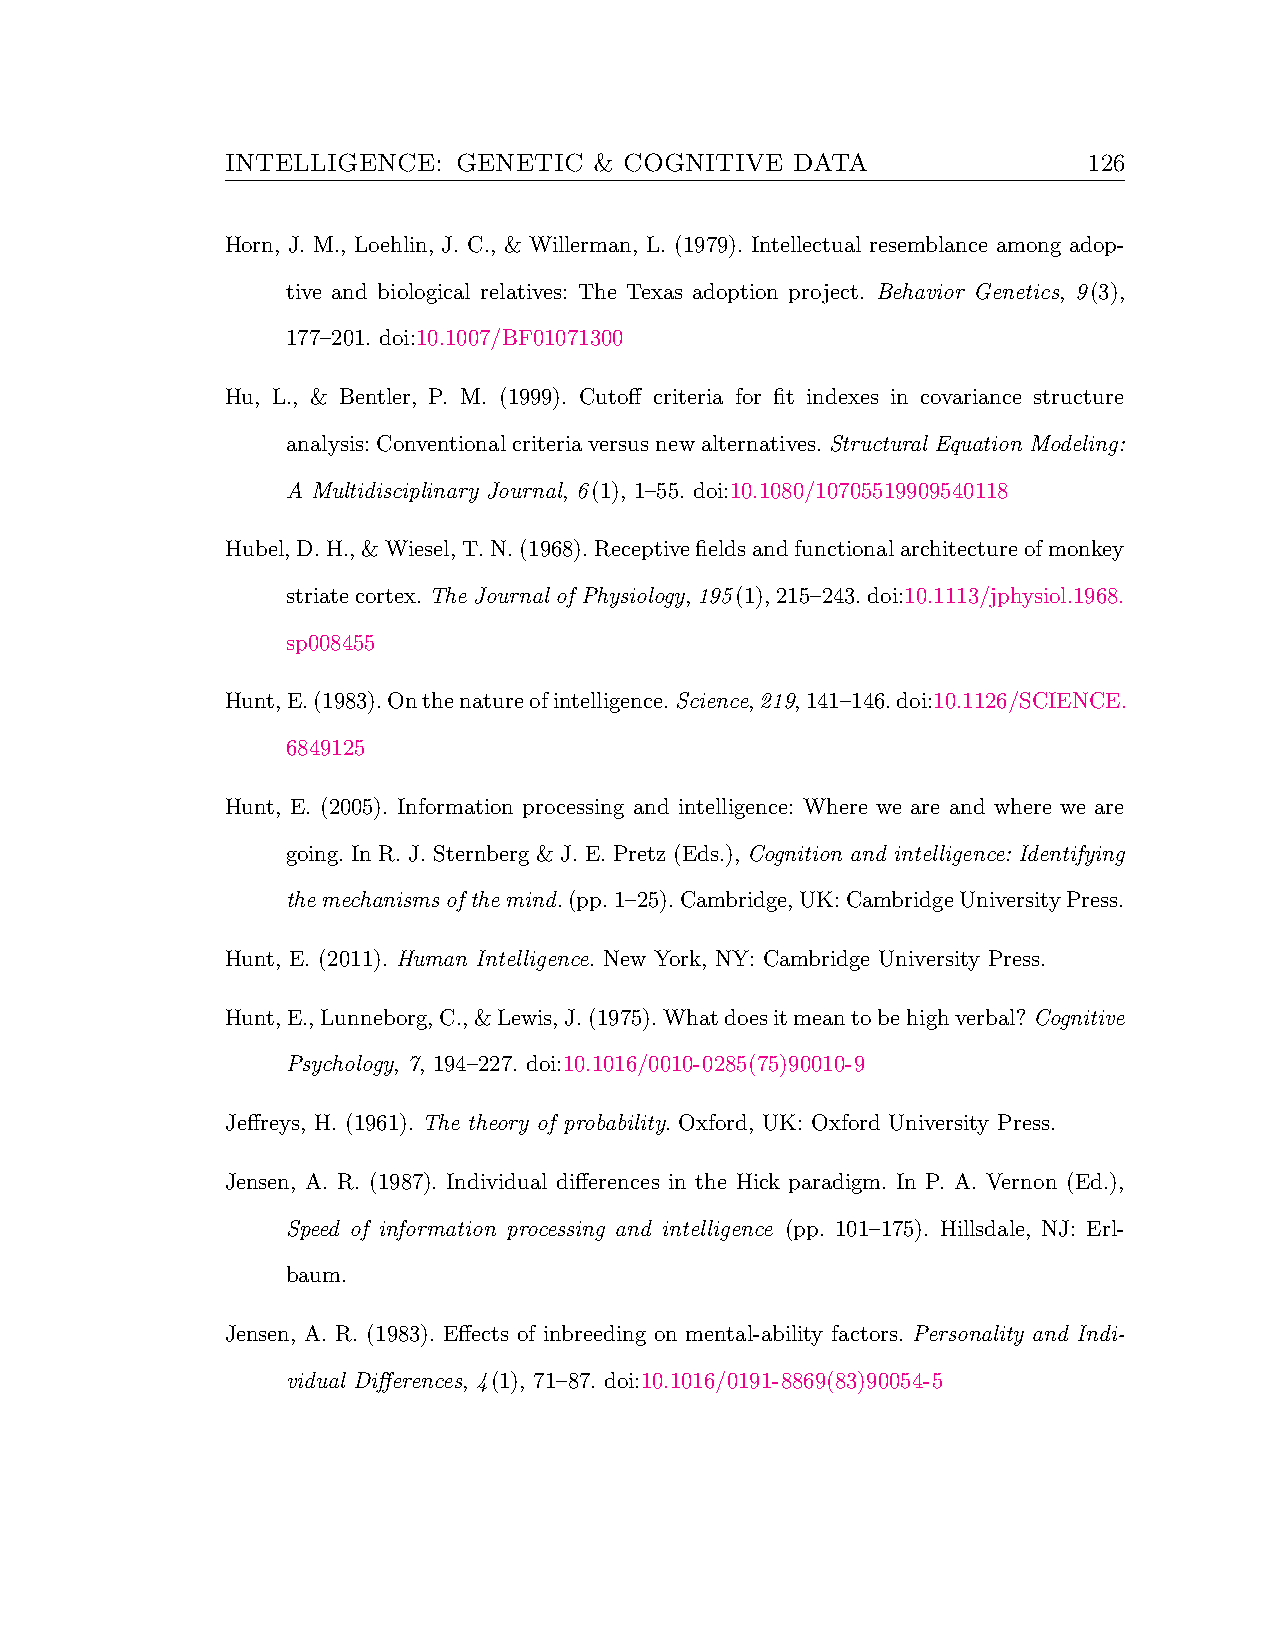
INTELLIGENCE:  GENETIC  & COGNITIVE   DATA               126
 Horn, J. M., Loehlin, J. C., & Willerman, L. (1979). Intellectual resemblance among adop-
 tive and biological relatives: The Texas adoption project. Behavior Genetics, 9(3),
 177–201. doi:10.1007/BF01071300
 Hu, L., & Bentler, P. M. (1999). Cutoff criteria for fit indexes in covariance structure
 analysis:Conventionalcriteriaversusnewalternatives.Structural Equation Modeling:
 A Multidisciplinary Journal, 6(1), 1–55. doi:10.1080/10705519909540118
 Hubel,D.H.,&Wiesel,T.N.(1968).Receptivefieldsandfunctionalarchitectureofmonkey
 striatecortex.The Journal of Physiology,195(1),215–243.doi:10.1113/jphysiol.1968.
 sp008455
 Hunt,E.(1983).Onthenatureofintelligence.Science,219,141–146.doi:10.1126/SCIENCE.
 6849125
 Hunt, E. (2005). Information processing and intelligence: Where we are and where we are
 going. In R. J. Sternberg & J. E. Pretz (Eds.), Cognition and intelligence: Identifying
 themechanismsofthemind.(pp.1–25).Cambridge,UK:CambridgeUniversityPress.
 Hunt, E. (2011). Human Intelligence. New York, NY: Cambridge University Press.
 Hunt,E.,Lunneborg,C.,&Lewis,J.(1975).Whatdoesitmeantobehighverbal?Cognitive
 Psychology, 7, 194–227. doi:10.1016/0010-0285(75)90010-9
 Jeffreys, H. (1961). The theory of probability. Oxford, UK: Oxford University Press.
 Jensen, A. R. (1987). Individual differences in the Hick paradigm. In P. A. Vernon (Ed.),
 Speed of information processing and intelligence (pp. 101–175). Hillsdale, NJ: Erl-
 baum.
 Jensen, A. R. (1983). Effects of inbreeding on mental-ability factors. Personality and Indi-
 vidual Differences, 4(1), 71–87. doi:10.1016/0191-8869(83)90054-5